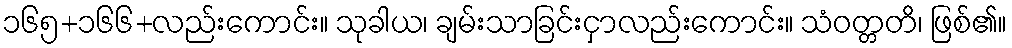
၁၆၅+၁၆၆+လည်းကောင်း။ သုခါယ၊ ချမ်းသာခြင်းငှာလည်းကောင်း။ သံဝတ္တတိ၊ ဖြစ်၏။